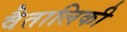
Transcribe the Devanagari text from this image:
वैतालिकी